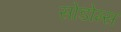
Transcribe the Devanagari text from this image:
सोडोम्स